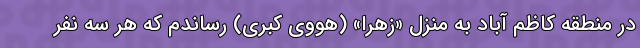
در منطقه کاظم آباد به منزل «زهرا» (هووی کبری) رساندم که هر سه نفر